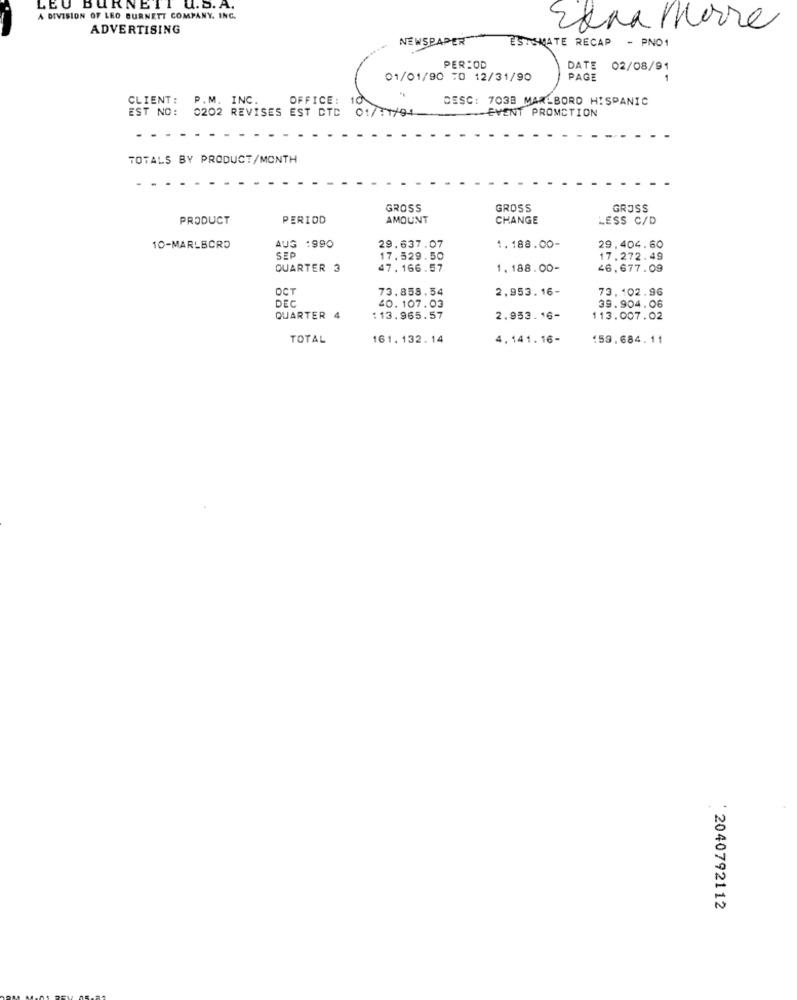
LEU
URNETT U.D. A.
A DIVISION OF LEO BURNETT COMPANY. INC.
ADVERTISING
Ednatorre
NEWSPAPER
ESTIMATE RECAP - PNO1
PER:OD
DATE
02/08/91
01/01/90 TO 12/31/90
PAGE
-
CLIENT:
P.M. INC.
OFFICE: 10
DESC: 7038 MARLBORO HISPANIC
EST NO:
0202 REVISES EST DID 01/11/04
EVENT PROMCTION
TOTALS BY PRODUCT/MONTH
GROSS
GROSS
GROSS
PRODUCT
PERIOD
AMOUNT
CHANGE
LESS C/D
10-MARLBORO
AUG :990
29.637.07
1.188.00-
29.404.60
SER
17.529.50
17.272.49
QUARTER 3
47.166.57
1.188.00-
46,677.09
OCT
73.858.54
2,953.16-
73,102.96
DEC
40.107.03
39.904.06
QUARTER 4
:13.965.57
2.953.16-
113.007.02
TOTAL
161. 132. 14
4,141.16-
159.684.11
' 2040792112